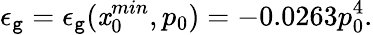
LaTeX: \epsilon_{\mathtt{g}}=\epsilon_{\mathtt{g}}(\mathit{x}_{0}^{min},p_{0})=-0.0263p_{0}^{4}.